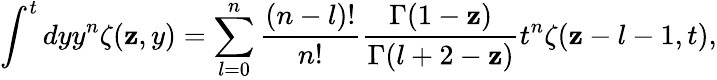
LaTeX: \int^{t}dyy^{n}\zeta(\mathbf{z},y)=\sum_{l=0}^{n}\frac{{(n-l)!}}{{n!}}\frac{{\Gamma(1-\mathbf{z})}}{{\Gamma(l+2-\mathbf{z})}}t^{n}\zeta(\mathbf{z}-l-1,t),